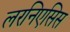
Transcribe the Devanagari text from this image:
लरनिएसिस